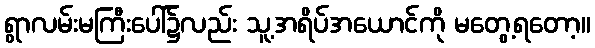
ရွာလမ်းမကြီးပေါ်၌လည်း သူ့အရိပ်အယောင်ကို မတွေ့ရတော့။